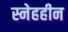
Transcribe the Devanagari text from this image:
स्नेहहीन